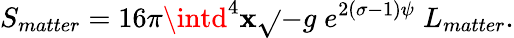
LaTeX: S_{matter}=16\pi\intd^{4}\mathbf{x}\sqrt{}{{-g}}\; e^{2(\sigma-1)\psi}\; L_{matter}.